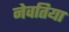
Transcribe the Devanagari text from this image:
नेवतिया